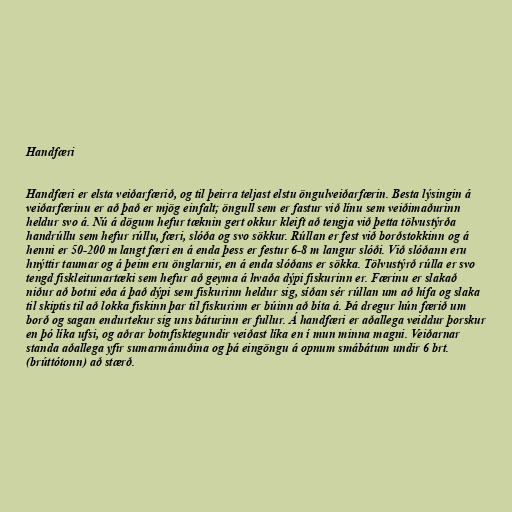
Handfæri

Handfæri er elsta veiðarfærið, og til þeirra teljast elstu öngulveiðarfærin. Besta lýsingin á
veiðarfærinu er að það er mjög einfalt; öngull sem er fastur við línu sem veiðimaðurinn
heldur svo á. Nú á dögum hefur tæknin gert okkur kleift að tengja við þetta tölvustýrða
handrúllu sem hefur rúllu, færi, slóða og svo sökkur. Rúllan er fest við borðstokkinn og á
henni er 50-200 m langt færi en á enda þess er festur 6-8 m langur slóði. Við slóðann eru
hnýttir taumar og á þeim eru önglarnir, en á enda slóðans er sökka. Tölvustýrð rúlla er svo
tengd fiskleitunartæki sem hefur að geyma á hvaða dýpi fiskurinn er. Færinu er slakað
niður að botni eða á það dýpi sem fiskurinn heldur sig, síðan sér rúllan um að hífa og slaka
til skiptis til að lokka fiskinn þar til fiskurinn er búinn að bíta á. Þá dregur hún færið um
borð og sagan endurtekur sig uns báturinn er fullur. Á handfæri er aðallega veiddur þorskur
en þó líka ufsi, og aðrar botnfisktegundir veiðast líka en í mun minna magni. Veiðarnar
standa aðallega yfir sumarmánuðina og þá eingöngu á opnum smábátum undir 6 brt.
(brúttótonn) að stærð.